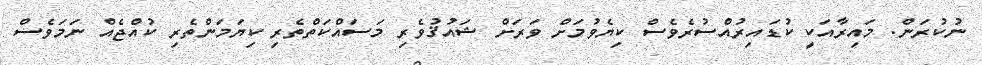
ނުކުރަން. މައިރާއަކީ ކުޑައިރުއްސުރެވެސް ކިޔެވުމަށް ވަރަށް ޝައުޤުވެރި މަސައްކަތްތެރި ކިޔަމަންތެރި ކުއްޖެއް ނަމަވެސް